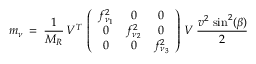
m _ { \nu } \: = \: \frac { 1 } { M _ { R } } \, V ^ { T } \, \left( \begin{array} { c c c } { { f _ { \nu _ { 1 } } ^ { 2 } } } & { { 0 } } & { { 0 } } \\ { { 0 } } & { { f _ { \nu _ { 2 } } ^ { 2 } } } & { { 0 } } \\ { { 0 } } & { { 0 } } & { { f _ { \nu _ { 3 } } ^ { 2 } } } \end{array} \right) \, V \, \frac { v ^ { 2 } \, \sin ^ { 2 } ( \beta ) } { 2 } \;